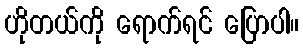
ဟိုတယ်ကို ရောက်ရင် ပြောပါ။